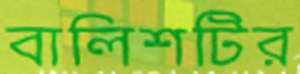
বালিশটির